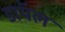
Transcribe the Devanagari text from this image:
डाॅयल